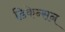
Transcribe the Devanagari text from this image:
डिकेन्सन